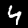
Label: 4